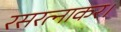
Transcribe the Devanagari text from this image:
रसरत्नाकर।